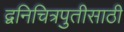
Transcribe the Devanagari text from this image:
द्वनिचित्रपुतीसाठी